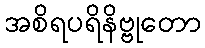
အစိရပရိနိဗ္ဗုတော